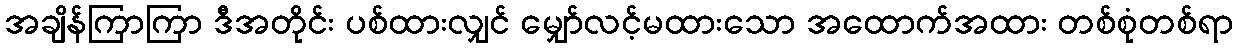
အချိန်ကြာကြာ ဒီအတိုင်း ပစ်ထားလျှင် မျှော်လင့်မထားသော အထောက်အထား တစ်စုံတစ်ရာ